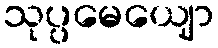
သုပ္ပမေယျော